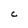
Character: C